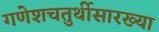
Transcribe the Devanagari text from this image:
गणेशचतुर्थीसारख्या